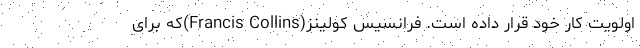
اولویت کار خود قرار داده است. فرانسیس کولینز(Francis Collins)که برای